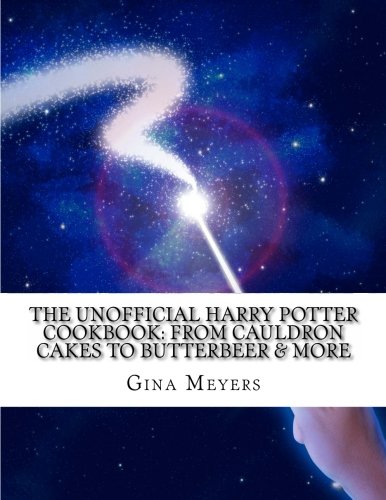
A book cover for The Unofficial Harry Potter Cookbook: From Cauldron Cakes To Butterbeer & More; Gina M. Meyers; Cookbooks, Food & Wine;